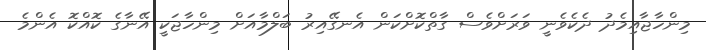
މިންހާޖާއިމެދު ދެކެވެނީ ވަރަށްވެސް ގާތްކޮށްކަން އެނގޭއިރު ބަލްމާއަށް މިންހާޖަކީ އޭނާގެ ކޮއްކޮ އެންމެ